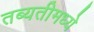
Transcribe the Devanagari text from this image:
तब्यतीमध्ये